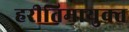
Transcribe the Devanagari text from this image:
हरीतिमायुक्‍त